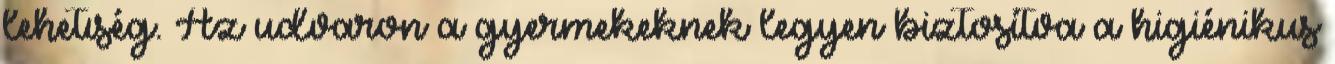
lehetıség. Az udvaron a gyermekeknek legyen biztosítva a higiénikus